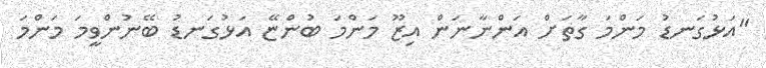
"އަޅުގަނޑު މަންމަ ގާތަށް އަންނާނަން އިޒޫ މަންމަ ބުންޏޭ އަޅުގަނޑު ބޭނުންވީމަ މަންމަ